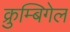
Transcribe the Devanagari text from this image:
क्रुम्बिगेल